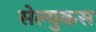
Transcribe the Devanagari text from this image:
सेल्‍युकस